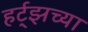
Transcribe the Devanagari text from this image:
हर्ट्‌झच्या